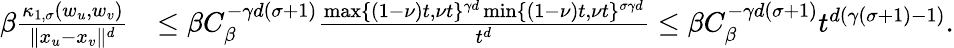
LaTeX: \begin{array}{rl}{\beta\frac{\kappa_{1,\sigma}(w_{u},w_{v})}{\| x_{u}-x_{v}\| ^{d}}}&{\le\beta C_{\beta}^{-\gamma d(\sigma+1)}\frac{\operatorname*{max}\{ (1-\nu)t,\nu t\} ^{\gamma d}\operatorname*{min}\{ (1-\nu)t,\nu t\} ^{\sigma\gamma d}}{t^{d}}\le\beta C_{\beta}^{-\gamma d(\sigma+1)}t^{d(\gamma(\sigma+1)-1)}.}\end{array}